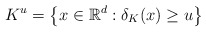
\begin{align*}K^{u}=\left\{x\in \mathbb R^d:\delta_K(x)\ge u\right\}\end{align*}